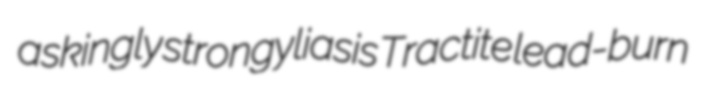
askingly strongyliasis Tractite lead-burn